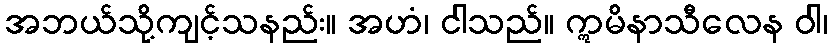
အဘယ်သို့ကျင့်သနည်း။ အဟံ၊ ငါသည်။ ဣမိနာသီလေန ဝါ၊